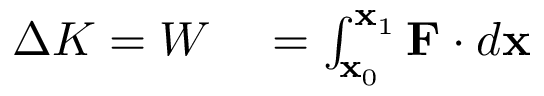
\begin{array} { r l } { \Delta K = W } & { { } = \int _ { \mathbf { x } _ { 0 } } ^ { \mathbf { x } _ { 1 } } \mathbf { F } \cdot d \mathbf { x } } \end{array}